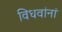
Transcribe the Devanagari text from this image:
विधवांनां